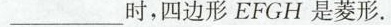
___时，四边形EFGH是菱形。